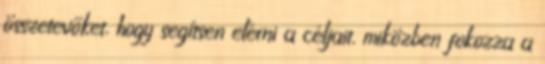
összetevőket, hogy segítsen elérni a céljait, miközben fokozza a